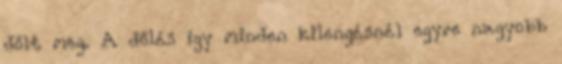
dőlt meg. A dőlés így minden kilengésnél egyre nagyobb